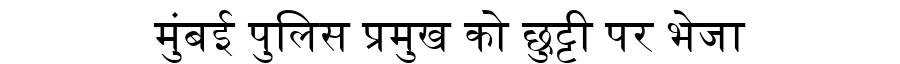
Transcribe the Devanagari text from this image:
मुंबई पुलिस प्रमुख को छुट्टी पर भेजा